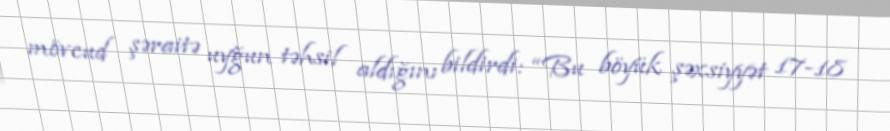
mövcud şəraitə uyğun təhsil aldığını bildirdi: “Bu böyük şəxsiyyət 17-18